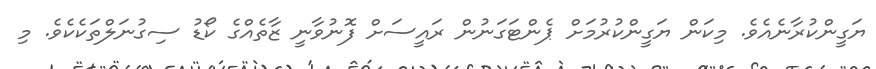
ޔަގީންކުރާނެއެވެ. މިކަން ޔަގީންކުރުމަށް ޕެންޓަގަނުން ރައީސަށް ފޮނުވާނީ ޒާތެއްގެ ކޯޑު ސިގުނަލްތަކެކެވެ. މި